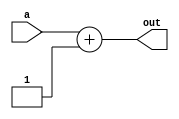
module incr_A(output [7:0] out, input [7:0] a);

assign out = a + 1;

endmodule